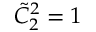
\Tilde { C } _ { 2 } ^ { 2 } = 1